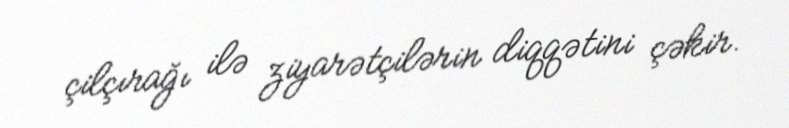
çilçırağı ilə ziyarətçilərin diqqətini çəkir.